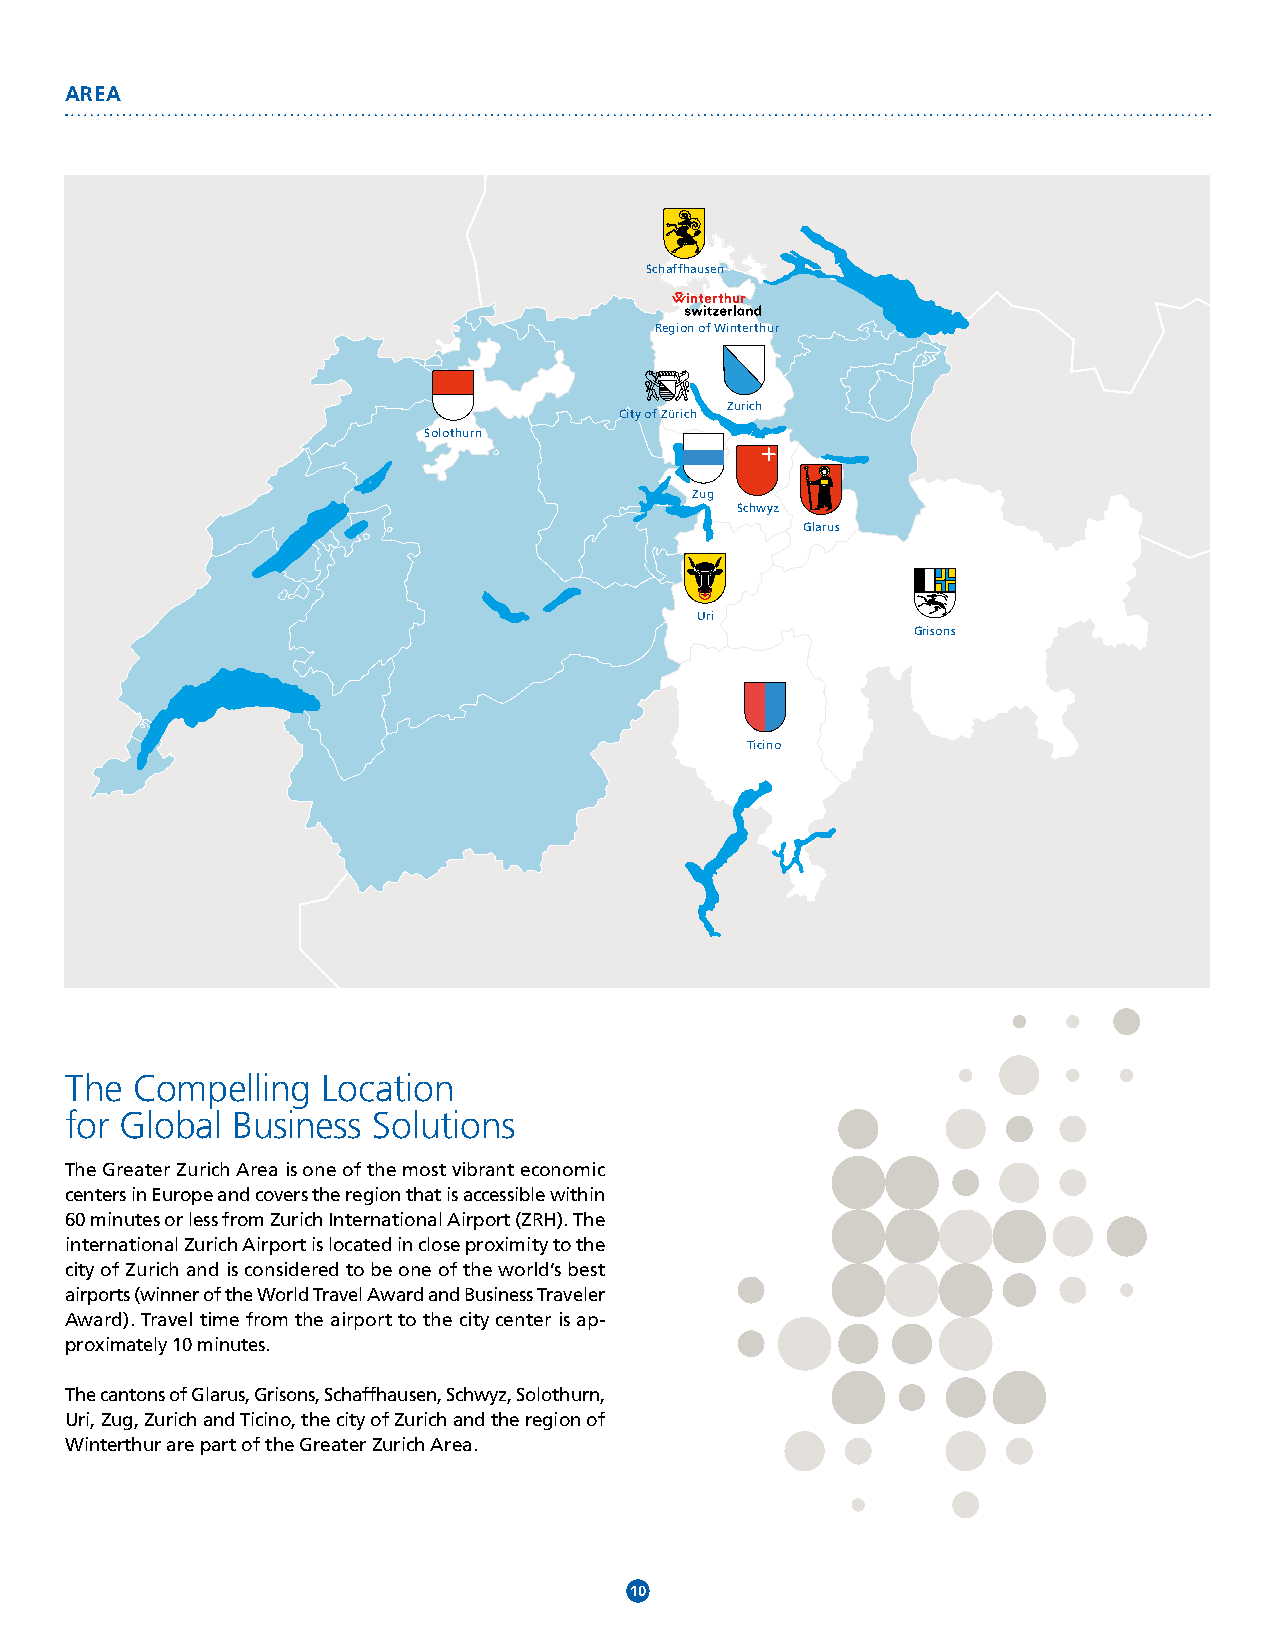
AREA
 Schaffhausen
 Region of Winterthur
 Zurich
 City of Zürich
 Solothurn
 Zug
 Schwyz
 Glarus
 Uri
 Grisons
 Ticino
 The  Compelling  Location
 for Global Business  Solutions
 The Greater Zurich Area is one of the most vibrant economic
 centers in Europe and covers the region that is accessible within
 60 minutes or less from Zurich International Airport (ZRH). The
 international Zurich Airport is located in close proximity to the
 city of Zurich and is considered to be one of the world’s best
 airports (winner of the World Travel Award and Business Traveler
 Award). Travel time from the airport to the city center is ap-
 proximately 10 minutes.
 The cantons of Glarus, Grisons, Schaffhausen, Schwyz, Solothurn,
 Uri, Zug, Zurich and Ticino, the city of Zurich and the region of
 Winterthur are part of the Greater Zurich Area.
 10